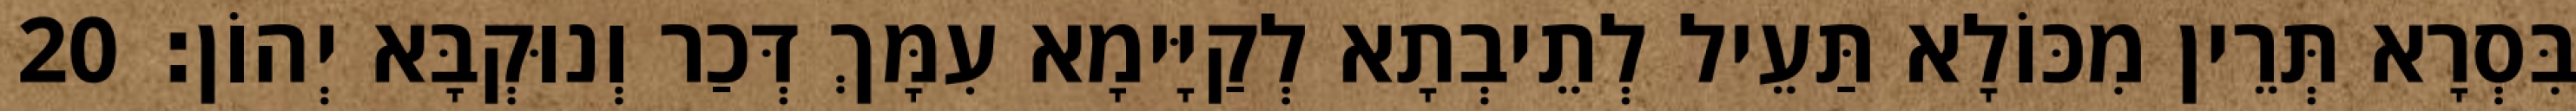
בִּסְרָא תְּרֵין מִכּוֹלָא תַּעֵיל לְתֵיבְתָא לְקַיָּימָא עִמָּךְ דְּכַר וְנוּקְבָּא יְהוֹן׃ 20